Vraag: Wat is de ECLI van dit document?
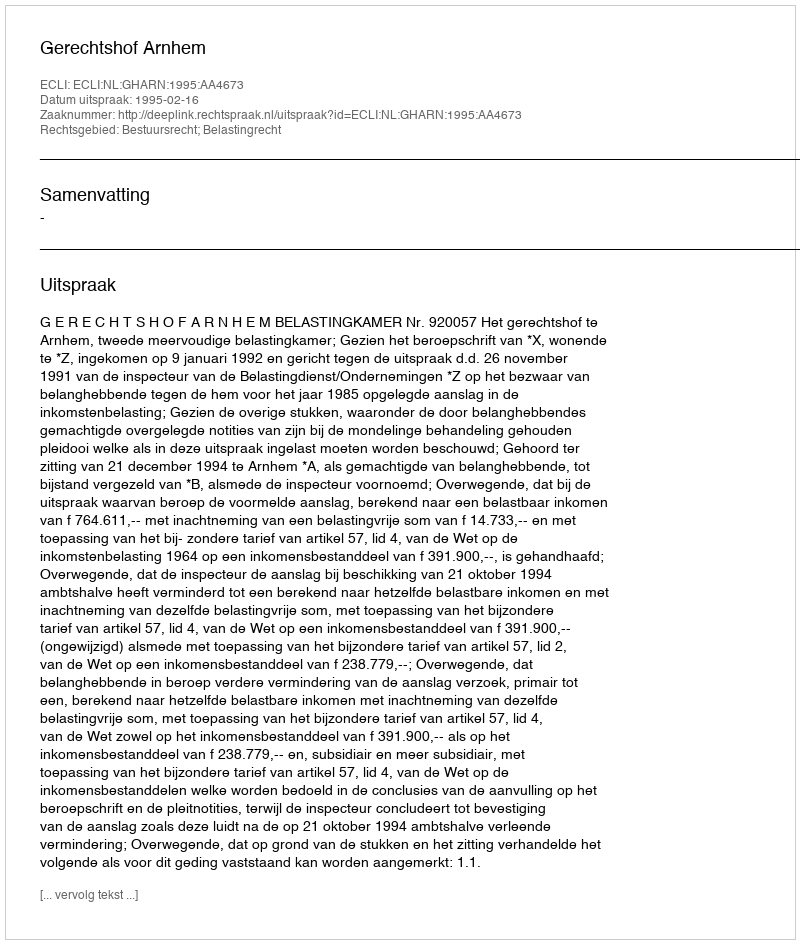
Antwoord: ECLI:NL:GHARN:1995:AA4673